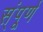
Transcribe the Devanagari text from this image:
स्ंपूर्ण